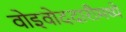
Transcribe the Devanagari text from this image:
वोइवोददारीमध्ये